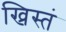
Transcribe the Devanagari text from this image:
ख्रिस्तं